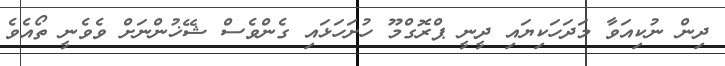
ދިން ނުކިއަވާ މަދަހަކިޔައި ދީނީ ޕްރޮގްމޫ ހުށަހަޅައި ގެންވެސް ޝޭޚުންނަށް ވެވެނީ ތޯއެވެ